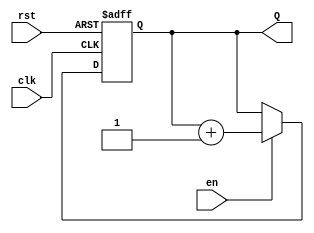
module synchronous_counter #(
    parameter WIDTH = 4 // Number of bits for the counter
)(
    input wire clk,      // Clock input
    input wire rst,      // Asynchronous reset input
    input wire en,       // Enable input
    output reg [WIDTH-1:0] Q // Count output
);

// Asynchronous reset and synchronous counting
always @(posedge clk or posedge rst) begin
    if (rst) begin
        Q <= 0; // Reset counter to zero
    end else if (en) begin
        Q <= Q + 1; // Increment counter
    end
end

endmodule